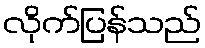
လိုက်ပြန်သည်